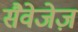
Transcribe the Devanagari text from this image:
सैवेजेज़